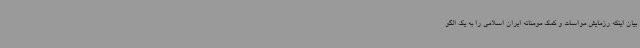
بیان اینکه رزمایش مواسات و کمک مومنانه ایران اسلامی را به یک الگو